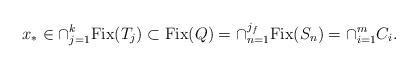
LaTeX: \begin{align*}x_{*}\in\cap_{j=1}^{k}\mathrm{Fix}(T_{j})\subset\mathrm{Fix}(Q)=\cap_{n=1}^{j_{f}}\mathrm{Fix}(S_{n})=\cap_{i=1}^{m}C_{i}.\end{align*}